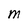
Character: M